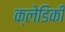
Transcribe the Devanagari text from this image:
क्लेडिकी